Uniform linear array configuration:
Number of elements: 32
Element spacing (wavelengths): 1
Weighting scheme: kaiser
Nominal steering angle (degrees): -45
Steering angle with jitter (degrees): -43.861
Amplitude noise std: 0.05
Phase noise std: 0.05

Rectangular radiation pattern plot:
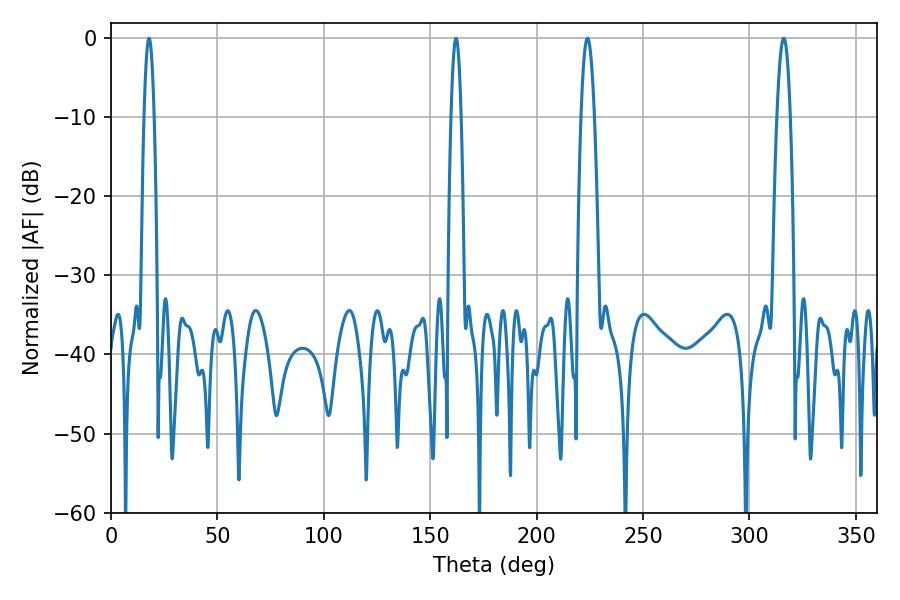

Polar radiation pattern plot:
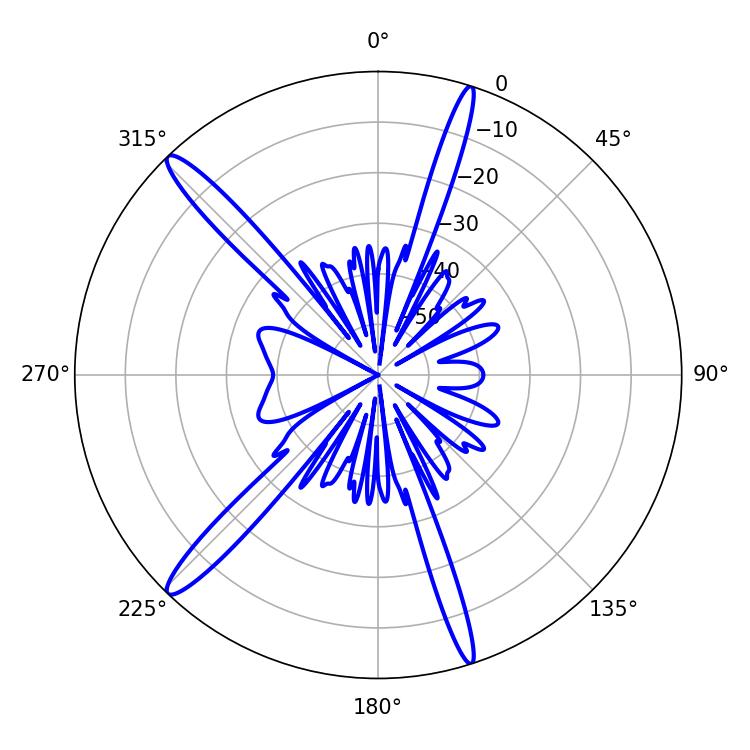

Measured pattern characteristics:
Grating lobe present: TRUE
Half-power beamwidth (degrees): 3.42
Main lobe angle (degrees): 316.08